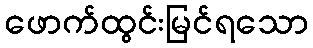
ဖောက်ထွင်းမြင်ရသော